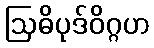
ဩဓိပုဒ်ဝိဂ္ဂဟ